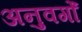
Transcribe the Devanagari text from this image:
अनुवर्गों